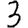
Digit: 3